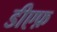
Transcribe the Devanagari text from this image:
डीएफ़